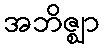
အဘိဇ္ဈာ